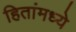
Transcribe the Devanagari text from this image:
हितांमध्ये